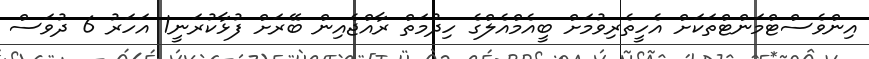
އިންވެސްޓްމަންޓްތަކަށް އެހީތެރިވުމަށް ބީއެމްއެލްގެ ހިދުމަތް ރާއްޖެއިން ބޭރަށް ފުޅާކުރަނީ1 އަހަރު 6 ދުވަސް